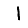
Digit: 1